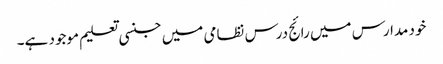
خود مدارس میں رائج درس نظامی میں جنسی تعلیم موجود ہے۔